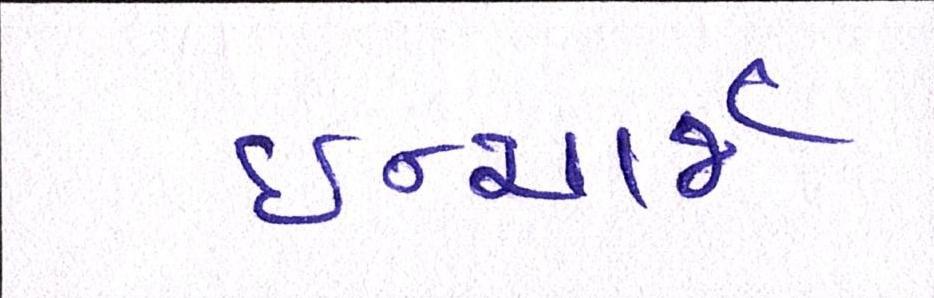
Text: ઈન્ચાર્જ